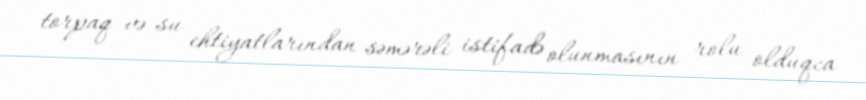
torpaq və su ehtiyatlarından səmərəli istifadə olunmasının rolu olduqca